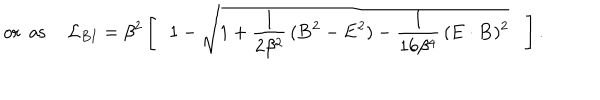
LaTeX: \, \ \ \mathrm { o r \ \ a s } \ \ \, \ \ { \cal { L } } _ { B I } = \beta ^ { 2 } \, \Biggl [ \, \ \ 1 - \sqrt { 1 + \frac { 1 } { 2 \beta ^ { 2 } } \, ( { \bf B } ^ { 2 } - { \bf E } ^ { 2 } ) - \frac { 1 } { 1 6 \beta ^ { 4 } } \, ( { \bf E } \cdot { \bf B } ) ^ { 2 } } \, \ \ \, \Biggr ] \, .